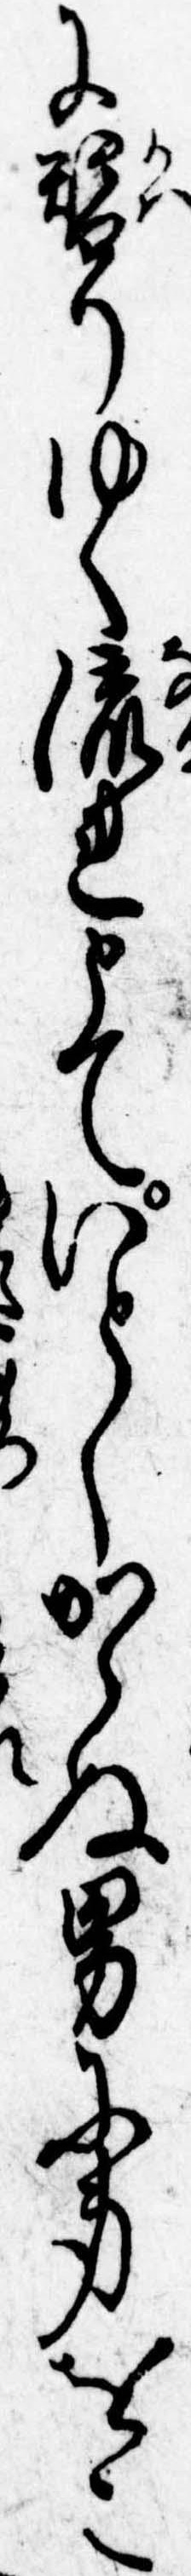
に変りゆく流れとていとしからぬ男に身をこ